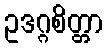
ဥဒဂ္ဂစိတ္တာ